Lunatic asylums United Provinces 1899-1908 - 1899-1908
Year: 1899
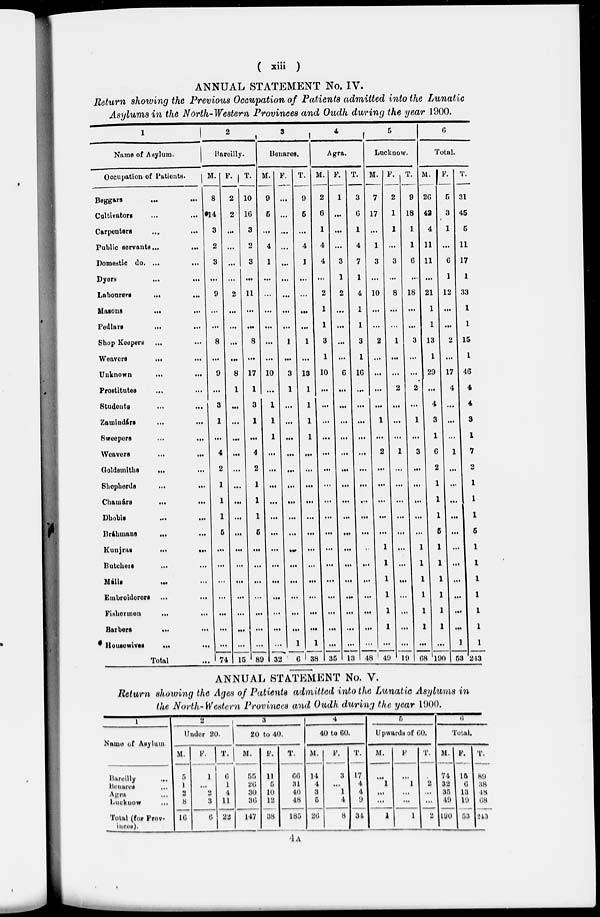
( xiii )
ANNUAL STATEMENT No. IV.
Return showing the Previous Occupation of Patients admitted into the Lunatic
Asylums in the North-Western Provinces and Oudh during the year 1900.
1
Name of Asylum.
Occupation of Patients.
Beggars … …
Cultivators … …
Carpenters … …
Public servants ...
...
Domestic do. ...
...
Dyers … …
Labourers
...
...
Masons
... …
Pedlars
... …
Sbop Keepers … …
Weavers
...
...
Unknown
...
...
Prostitutes … …
Students … …
Zamindárs
...
...
Sweepers
...
...
Weavers
...
...
Goldsmiths
... …
Shepherds
...
...
Chamárs
...
...
Dhobis
...
...
Bráhmans
...
...
Kunjras
...
...
Butchers … …
Mális … …
Embroiderers
...
...
Fishermen
... …
Barbers
...
...
Housewives
...
...
Total …
2
Bareilly.
M.
8
14
3
2
3
...
9
...
…
8
...
9
...
3
1
...
4
2
1
1
1
5
…
...
...
...
...
...
…
74
F.
2
2
...
...
...
...
2
...
...
...
…
8
1
…
...
...
...
...
…
...
...
…
...
...
…
…
...
...
...
15
T.
10
16
3
2
3
…
11
...
…
8
...
17
1
3
1
…
4
2
1
1
1
5
…
...
...
...
...
…
...
89
3
Benares.
M.
9
5
...
4
1
...
...
...
...
…
...
10
…
1
1
1
...
...
...
...
...
...
...
...
...
…
…
...
...
32
F.
...
...
...
...
...
…
...
...
…
1
…
3
1
...
...
...
…
…
...
…
...
...
…
...
...
...
...
…
1
6
T.
9
5
…
4
1
...
...
…
...
1
...
13
1
1
1
1
…
...
...
...
...
...
...
...
…
...
...
…
1
38
4
Agra.
M.
2
6
1
4
4
...
2
1
1
3
1
10
...
...
...
...
...
...
...
…
...
...
...
...
...
…
...
...
...
35
F.
1
…
...
...
3
1
2
...
...
...
…
6
…
...
…
...
...
…
...
...
...
…
...
...
...
…
...
...
...
13
T.
3
6
1
4
7
1
4
1
1
3
1
16
…
...
...
...
...
...
...
…
…
...
..
...
…
...
…
...
...
48
5
Lucknow.
M.
7
17
…
1
3
...
10
…
…
2
…
...
...
...
1
...
2
...
...
...
...
...
1
1
1
1
1
1
…
49
F.
2
1
1
…
3
...
8
...
...
1
...
...
2
...
...
...
1
...
...
...
...
…
...
...
...
...
...
...
...
19
T.
9
18
1
1
6
…
18
...
…
3
...
...
2
...
1
...
3
…
...
...
…
…
1
1
1
1
1
1
...
68
6
Total.
M.
26
42
4
11
11
...
21
1
1
13
1
29
...
4
3
1
6
2
1
1
1
5
1
1
1
1
1
1
...
190
F.
5
3
1
...
6
1
12
...
…
2
...
17
4
...
...
...
1
…
…
...
…
...
...
…
...
…
...
…
1
53
T.
31
45
5
11
17
1
33
1
1
15
1
46
4
4
3
1
7
2
1
1
1
5
1
1
1
1
1
1
1
243
ANNUAL STATEMENT No. V.
Return showing the Ages of Patients admitted into the Lunatic Asylums in
the North-Western Provinces and Oudh during the year 1900.
1
Name of Asylum.
Bareilly …
Benares …
Agra …
Lucknow …
Total (for Prov-
inces).
2
Under 20.
M.
5
1
2
8
16
F.
1
...
2
3
6
T.
6
1
4
11
22
3
20 to 40.
M.
55
26
30
36
147
F.
11
5
10
12
38
T.
66
31
40
48
185
4
40 to 60.
M.
14
4
3
5
26
F.
3
...
1
4
8
T.
17
4
4
9
34
5
Upwards of 60.
M.
...
1
...
...
1
F
...
1
...
...
1
T.
2
...
...
2
6
Total.
M.
74
32
35
49
190
F.
15
6
13
19
53
T.
89
38
48
68
243
4A